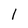
Character: 1